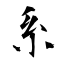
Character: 系